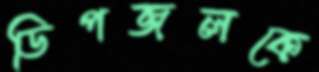
ডিপজলকে